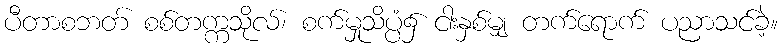
ပီတာစဘတ် စစ်တက္ကသိုလ်၊ စက်မှုသိပ္ပံ၌ ငါးနှစ်မျှ တက်ရောက် ပညာသင်ခဲ့။